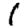
Digit: 1